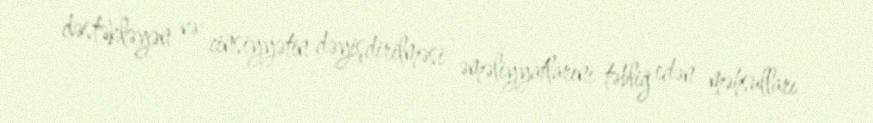
dəstəkləyən və cinsiyyətin dəyişdirilməsi əməliyyatlarını təbliğ edən məhsulları